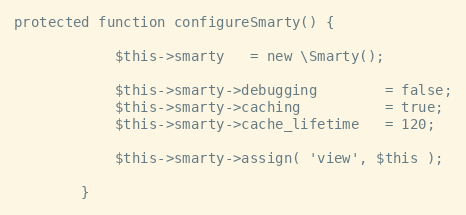
Language: PHP
protected function configureSmarty() {

            $this->smarty   = new \Smarty();

            $this->smarty->debugging        = false;
            $this->smarty->caching          = true;
            $this->smarty->cache_lifetime   = 120;

            $this->smarty->assign( 'view', $this );

        }